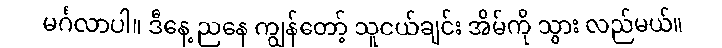
မင်္ဂလာပါ။ ဒီနေ့ ညနေ ကျွန်တော့် သူငယ်ချင်း အိမ်ကို သွား လည်မယ်။